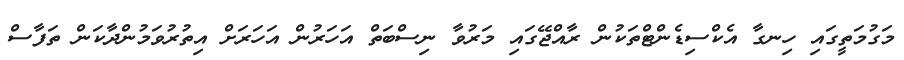
މަގުމަތީގައި ހިނގާ އެކްސިޑެންޓްތަކުން ރާއްޖޭގައި މަރުވާ ނިސްބަތް އަހަރުން އަހަރަށް އިތުރުވަމުންދާކަން ތަފާސް